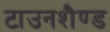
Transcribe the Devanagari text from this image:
टाउनशैण्ड